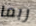
ربما